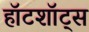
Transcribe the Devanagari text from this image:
हॉटशॉट्स